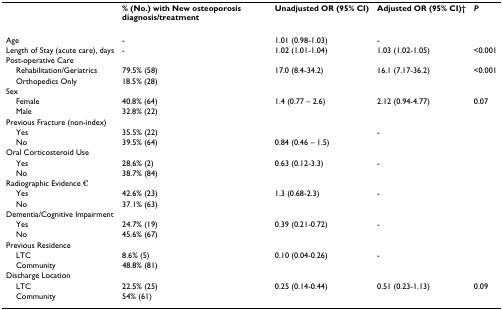
<table><thead><tr><td></td><td><b>% (No.) with New osteoporosis diagnosis/treatment</b></td><td><b>Unadjusted OR (95% CI)</b></td><td><b>Adjusted OR (95% CI)†</b></td><td><b><i>P</i></b></td></tr></thead><tbody><tr><td>Age</td><td>-</td><td>1.01 (0.98-1.03)</td><td>-</td><td></td></tr><tr><td>Length of Stay (acute care), days</td><td>-</td><td>1.02 (1.01-1.04)</td><td>1.03 (1.02-1.05)</td><td>&lt;0.001</td></tr><tr><td>Post-operative Care</td><td></td><td></td><td></td><td></td></tr><tr><td> Rehabilitation/Geriatrics</td><td>79.5% (58)</td><td>17.0 (8.4-34.2)</td><td>16.1 (7.17-36.2)</td><td>&lt;0.001</td></tr><tr><td> Orthopedics Only</td><td>18.5% (28)</td><td></td><td></td><td></td></tr><tr><td>Sex</td><td></td><td></td><td></td><td></td></tr><tr><td> Female</td><td>40.8% (64)</td><td>1.4 (0.77 – 2.6)</td><td>2.12 (0.94-4.77)</td><td>0.07</td></tr><tr><td> Male</td><td>32.8% (22)</td><td></td><td></td><td></td></tr><tr><td>Previous Fracture (non-index)</td><td></td><td></td><td></td><td></td></tr><tr><td> Yes</td><td>35.5% (22)</td><td></td><td>-</td><td></td></tr><tr><td> No</td><td>39.5% (64)</td><td>0.84 (0.46 – 1.5)</td><td></td><td></td></tr><tr><td>Oral Corticosteroid Use</td><td></td><td></td><td></td><td></td></tr><tr><td> Yes</td><td>28.6% (2)</td><td>0.63 (0.12-3.3)</td><td>-</td><td></td></tr><tr><td> No</td><td>38.7% (84)</td><td></td><td></td><td></td></tr><tr><td>Radiographic Evidence €</td><td></td><td></td><td></td><td></td></tr><tr><td> Yes</td><td>42.6% (23)</td><td>1.3 (0.68-2.3)</td><td>-</td><td></td></tr><tr><td> No</td><td>37.1% (63)</td><td></td><td></td><td></td></tr><tr><td>Dementia/Cognitive Impairment</td><td></td><td></td><td></td><td></td></tr><tr><td> Yes</td><td>24.7% (19)</td><td>0.39 (0.21-0.72)</td><td>-</td><td></td></tr><tr><td> No</td><td>45.6% (67)</td><td></td><td></td><td></td></tr><tr><td>Previous Residence</td><td></td><td></td><td></td><td></td></tr><tr><td> LTC</td><td>8.6% (5)</td><td>0.10 (0.04-0.26)</td><td>-</td><td></td></tr><tr><td> Community</td><td>48.8% (81)</td><td></td><td></td><td></td></tr><tr><td>Discharge Location</td><td></td><td></td><td></td><td></td></tr><tr><td> LTC</td><td>22.5% (25)</td><td>0.25 (0.14-0.44)</td><td>0.51 (0.23-1.13)</td><td>0.09</td></tr><tr><td> Community</td><td>54% (61)</td><td></td><td></td><td></td></tr></tbody></table>